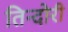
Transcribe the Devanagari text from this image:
तिन्दोरी